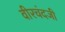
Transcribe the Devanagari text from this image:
वीरचंदजी